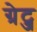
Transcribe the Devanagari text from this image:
ग्रेट्ज